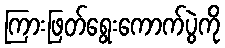
ကြားဖြတ်ရွေးကောက်ပွဲကို